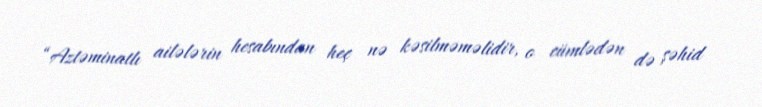
“Aztəminatlı ailələrin hesabından heç nə kəsilməməlidir, o cümlədən də şəhid